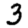
Digit: 3